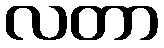
လတာ